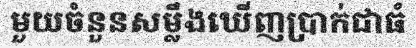
មួយចំនួនសម្លឹងឃើញប្រាក់ជាធំ